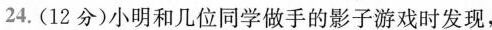
24.(12分)小明和几位同学做手的影子游戏时发现，